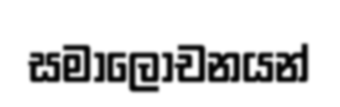
සමාලෝචනයන්